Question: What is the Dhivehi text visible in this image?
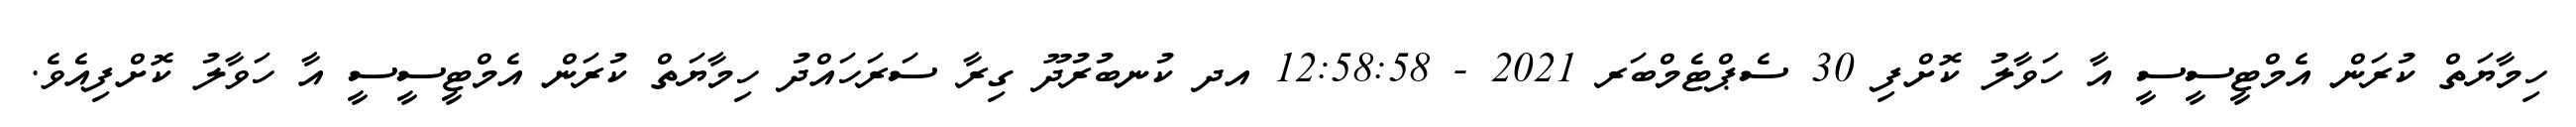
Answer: ހިމާޔަތް ކުރަން އެމްޓީސީސީ އާ ހަވާލު ކޮށްފި 30 ސެޕްޓެމްބަރ 2021 - 12:58:58 އދ ކުނބުރުދޫ ގިރާ ސަރަހައްދު ހިމާޔަތް ކުރަން އެމްޓީސީސީ އާ ހަވާލު ކޮށްފިއެވެ.